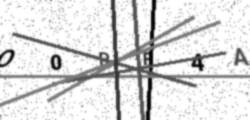
Text: O0RF4A